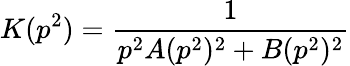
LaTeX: K(p^{2})=\frac{1}{p^{2}A(p^{2})^{2}+B(p^{2})^{2}}